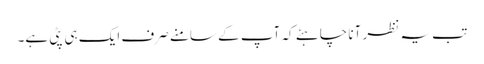
تب یہ نظر آنا چاہئے کہ آپ کے سامنے صرف ایک ہی پٹی ہے۔